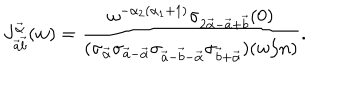
J _ { \vec { a } \vec { b } } ^ { \vec { \alpha } } ( w ) = \frac { \omega ^ { - \alpha _ { 2 } ( \alpha _ { 1 } + 1 ) } \sigma _ { 2 \vec { \alpha } - \vec { a } + \vec { b } } ( 0 ) } { ( \sigma _ { \vec { \alpha } } \sigma _ { \vec { a } - \vec { \alpha } } \sigma _ { \vec { a } - \vec { b } - \vec { \alpha } } \sigma _ { \vec { b } + \vec { \alpha } } ) ( w / n ) } .